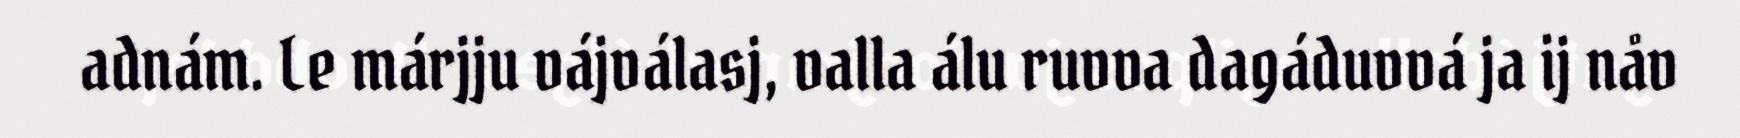
adnám. Le márjju vájválasj, valla álu ruvva dagáduvvá ja ij nåv